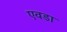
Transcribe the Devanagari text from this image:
एवडा